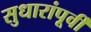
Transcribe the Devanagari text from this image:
सुधारांपूर्वी